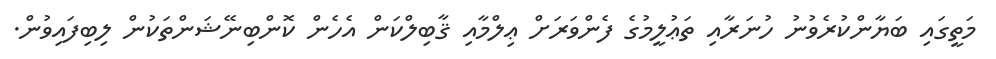
މަތީގައި ބަޔާންކުރެވުނު ހުނަރާއި ތަޢުލީމުގެ ފެންވަރަށް ޢިލްމާއި ޤާބިލްކަން އެހެން ކޮންބިނޭޝަންތަކުން ލިބިފައިވުން.